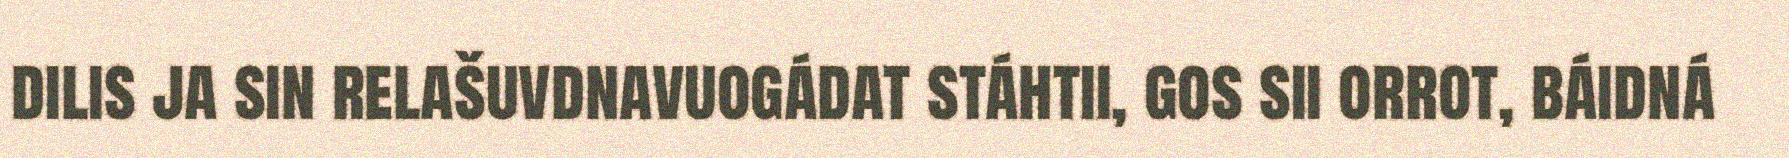
dilis ja sin relašuvdnavuogádat stáhtii, gos sii orrot, báidná